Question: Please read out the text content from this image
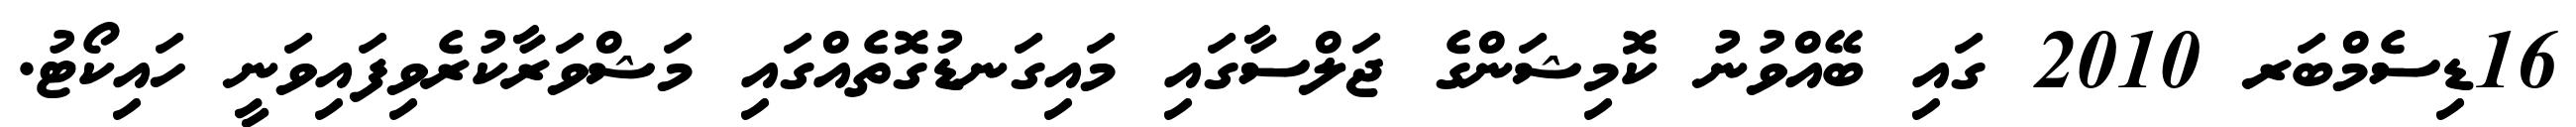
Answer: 16ޑިސެމްބަރ 2010 ގައި ބޭއްވުނު ކޮމިޝަންގެ ޖަލްސާގައި މައިގަނޑުގޮތެއްގައި މަޝްވަރާކުރެވިފައިވަނީ ހައިކޯޓު.